Annual report of the Punjab Veterinary College and of the Civil Veterinary Department, Punjab - 1926-1932
Year: 1926
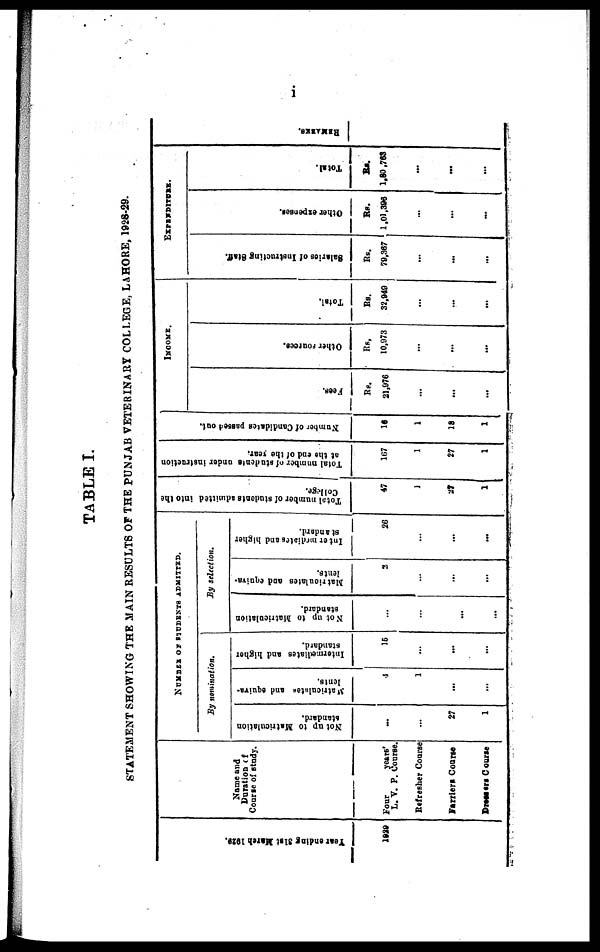
i
TABLE I.
STATEMENT SHOWING THE MAIN RESULTS OF THE PUNJAB VETERINARY COLLEGE, LAHORE, 1928-29.
Year e n d i n g 31s t Ma r
c h 1929.
1929
Name and
Duration of
Course of study.
Four
years'
L. V. P. Course.
Refresher Course
Farriers Course
Dressers Course
NUMBER OF STUDENTS ADMITTED.
By nomination.
Not up to Matriculation
standard.
...
...
27
1
Matriculates
and equiva-
lents.
4
1
...
...
Intermediates and higher
standard.
15
...
...
...
By selection.
Not up to Matriculation
standard.
...
...
...
...
Matriculates
and equiva-
lents.
2
...
...
...
Intermediates
and higher
standard.
20
...
...
...
Total number of students admitted into the
College.
47
1
27
1
Total number of students under instruction
at the end of the year.
167
1
27
1
Number of Candidates passed out.
16
1
18
1
INCOME.
Fees.
Rs.
21,976
...
...
...
Ot her Cources.
Rs.
10,073
...
...
...
Tot al .
Rs.
32,940
...
...
...
EXPENDITURE.
Sal ar i
es of I ns t
r uct i
ng Staff.
Its.
79,367
...
...
...
Ot her expens es .
Rs.
1,01,396
...
...
...
Total.
Rs.
1,80,763
...
...
...
REMARKS.